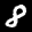
Label: 8